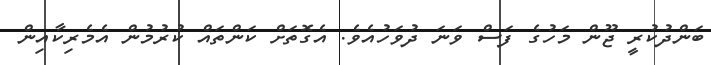
ބަންދުކުރީ ޖޫން މަހުގެ ފަސް ވަނަ ދުވަހުއެވެ. އެގޮތަށް ކަންތައް ކުރުމުން އެމެރިކާއިން